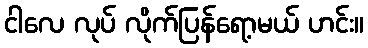
ငါလေ လုပ် လိုက်ပြန်ရော့မယ် ဟင်း။